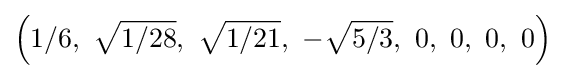
\left(1/6,\ {\sqrt {1/28}},\ {\sqrt {1/21}},\ -{\sqrt {5/3}},\ 0,\ 0,\ 0,\ 0\right)